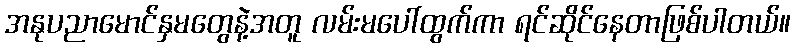
အနုပညာမောင်နှမတွေနဲ့အတူ လမ်းမပေါ်ထွက်ကာ ရင်ဆိုင်နေတာဖြစ်ပါတယ်။